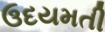
ઉદયમતી